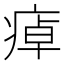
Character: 𤷘